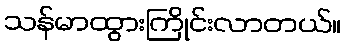
သန်မာထွားကြိုင်းလာတယ်။